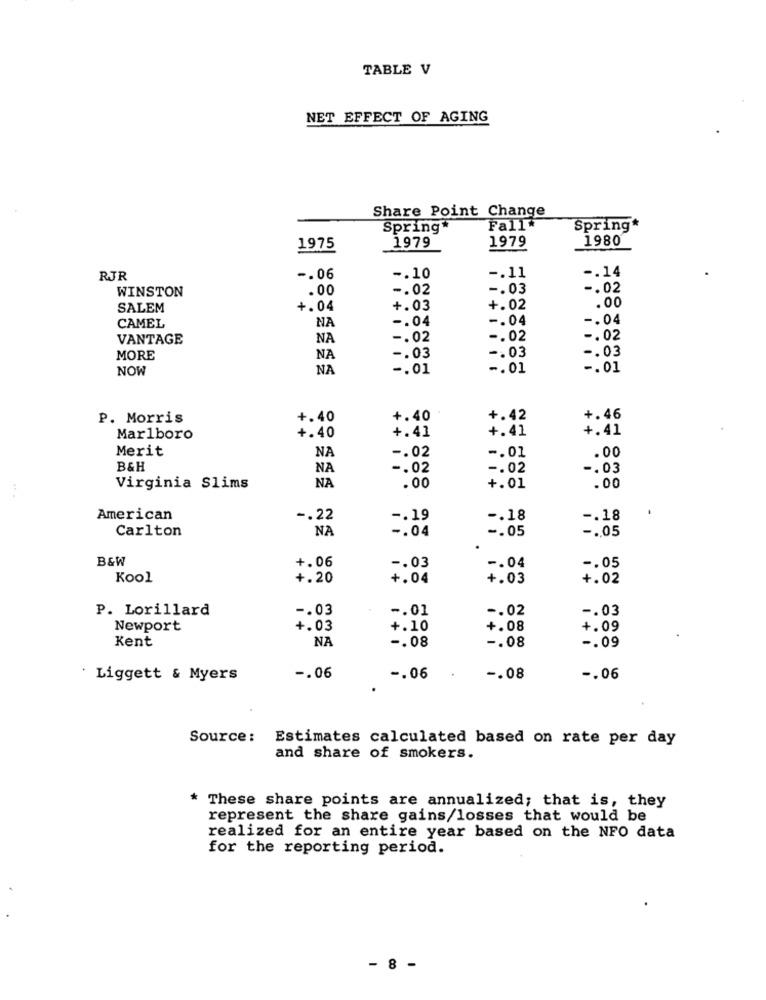
TABLE V
NET EFFECT OF AGING
Share Point Change
Spring
Fall
Spring*
1979
1980
1975
1979
-. 14
RJR
-. 06
-. 10
-. 11
WINSTON
.00
-. 02
-. 03
-. 02
.00
SALEM
+.04
+.03
+.02
NA
-. 04
-. 04
-. 04
CAMEL
VANTAGE
NA
-. 02
-. 02
-. 02
-. 03
MORE
NA
-. 03
-. 03
NOW
NA
-. 01
-. 01
-. 01
P. Morris
+.40
+.40
+.42
+.46
+.41
+.41
Marlboro
+.40
+.41
Merit
NA
-. 02
-. 01
. 00
B&H
NA
-. 02
-. 02
-. 03
NA
Virginia Slims
.00
+.01
.00
American
-. 22
-. 19
-. 18
-. 18
Carlton
NA
-. 04
-. 05
-.. 05
B&W
+.06
-. 03
-. 04
-. 05
Kool
+.20
+.04
+.03
+.02
P. Lorillard
-. 03
-. 01
-. 02
-. 03
Newport
+.03
+.10
+.08
+.09
Kent
NA
-. 08
-. 08
-. 09
Liggett & Myers
-. 06
-. 06
-. 08
-. 06
Source :
Estimates calculated based on rate per day
and share of smokers.
These share points are annualized; that is, they
represent the share gains/losses that would be
realized for an entire year based on the NFO data
for the reporting period.
- 8 -